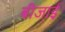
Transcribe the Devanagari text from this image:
बीजाई